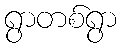
ရွာတစ်ရွာ